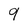
Character: g